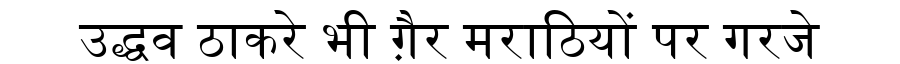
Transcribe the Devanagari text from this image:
उद्धव ठाकरे भी ग़ैर मराठियों पर गरजे